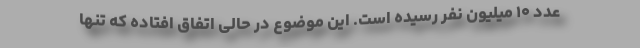
عدد ۱۰ میلیون نفر رسیده است. این موضوع در حالی اتفاق افتاده که تنها